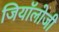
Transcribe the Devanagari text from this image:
जियॉलोजी